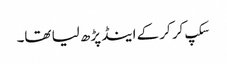
سکپ کر کر کے اینڈ پڑھ لیا تھا۔